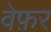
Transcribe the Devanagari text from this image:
वेफ़र